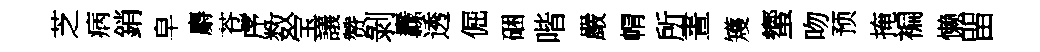
芝病銷皁麝苍序数宝議赞剝纛透倔硱喈嚴㡌所晝矱蠁吻预掩褊懒㽞